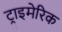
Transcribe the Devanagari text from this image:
ट्राइमेरिक